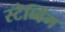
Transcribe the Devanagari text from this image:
स्टेब्बिंग